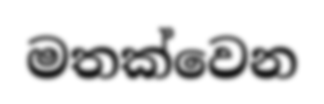
මතක්වෙන